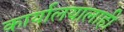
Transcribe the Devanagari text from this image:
कार्यालयालाही